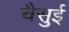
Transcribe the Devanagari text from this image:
चैसुई